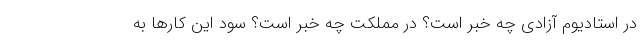
در استادیوم آزادی چه خبر است؟ در مملکت چه خبر است؟ سود این کارها به